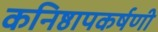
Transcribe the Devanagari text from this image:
कनिष्ठापकर्षणी